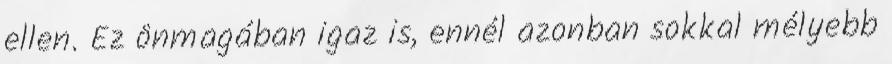
ellen. Ez önmagában igaz is, ennél azonban sokkal mélyebb